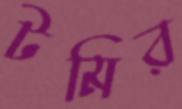
টমির